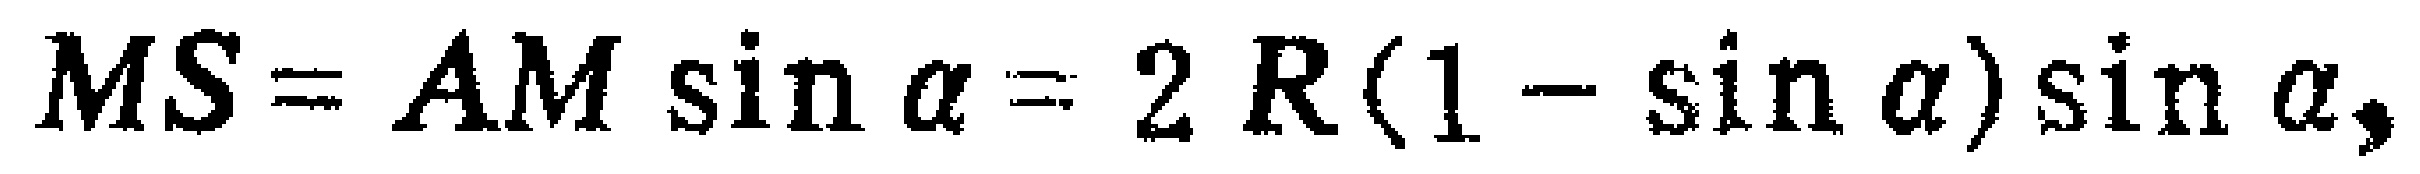
$MS = AM\sin\alpha = 2R(1 - \sin\alpha)\sin\alpha,$